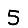
Digit: 5